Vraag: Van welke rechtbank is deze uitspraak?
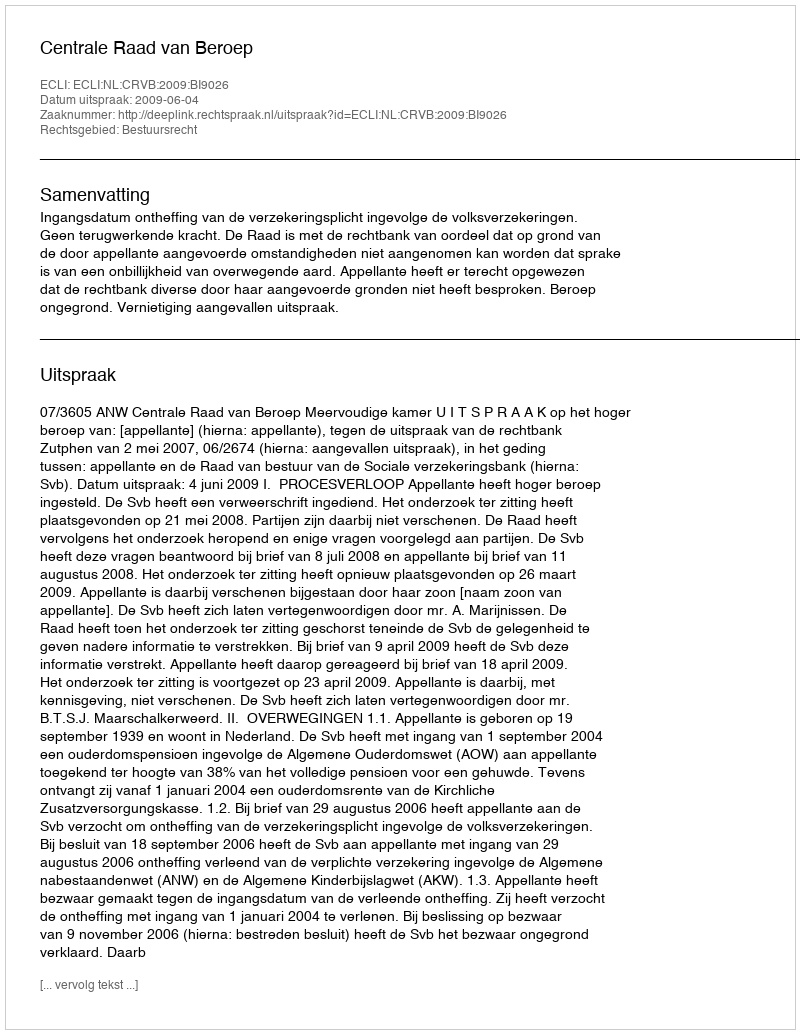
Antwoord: Centrale Raad van Beroep